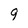
Character: 9